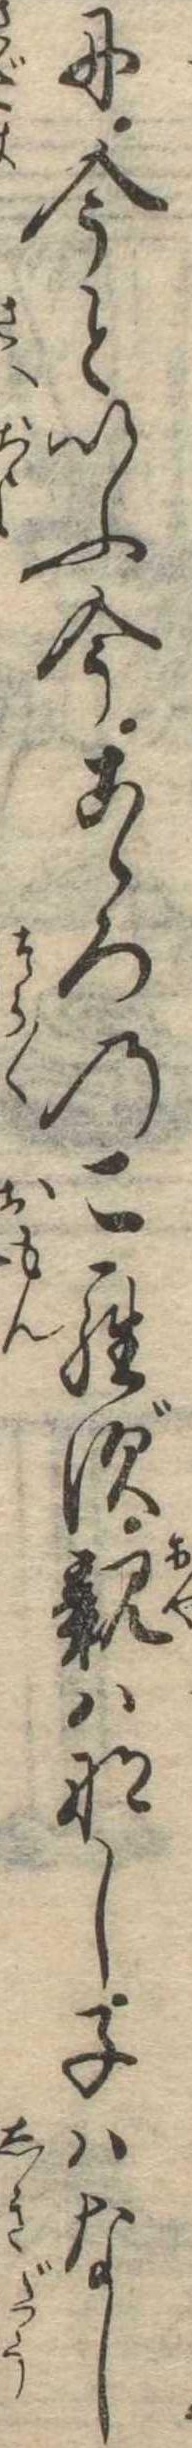
に今といふ今こゝろのこらず親はなし子はなし